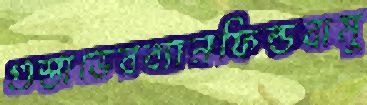
গুস্তাভেরব্যানফিল্ডবামু